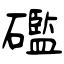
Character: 礛